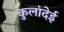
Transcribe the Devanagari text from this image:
कुलांदेई